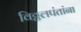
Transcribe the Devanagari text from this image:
विठ्ठलपंतांना